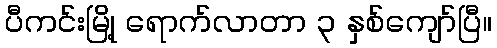
ပီကင်းမြို့ ရောက်လာတာ ၃ နှစ်ကျော်ပြီ။